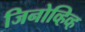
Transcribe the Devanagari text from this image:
जिनोव्हिव्ह